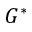
G ^ { * }